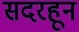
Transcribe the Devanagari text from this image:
सदरहून